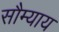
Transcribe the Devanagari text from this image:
सौम्याय